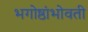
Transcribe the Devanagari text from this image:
भगोष्ठांभोवती